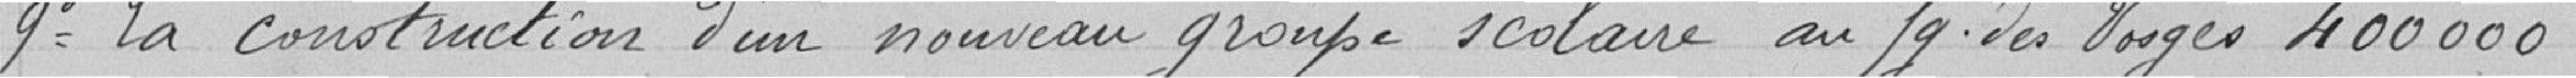
9° La construction d'un nouveau groupe scolaire au faubourg des Vosges 400 000